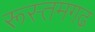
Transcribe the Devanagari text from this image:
रूस्तमगढ़